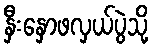
နှီးနှောဖလှယ်ပွဲသို့